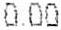
0.00